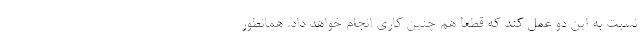
نسبت به این دو عمل کند که قطعاً هم چنین کاری انجام خواهد داد. همانطور